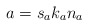
\begin{align*} a=s_ak_an_a\end{align*}